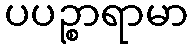
ပပဉ္စာရာမာ